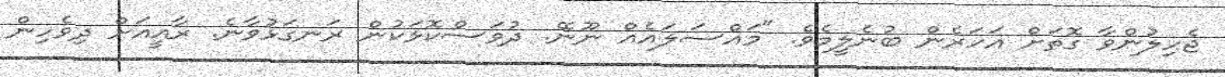
ޖެހިލުންވާ ގޮތަށް އަހަރެން ބުނެލީމެވެ. "މައްސަލައެއް ނޫނޭ. ދުވަސްކޮޅަކުން ރަނގަޅުވާނެ. ރާއީއަށް ދިވެހިން